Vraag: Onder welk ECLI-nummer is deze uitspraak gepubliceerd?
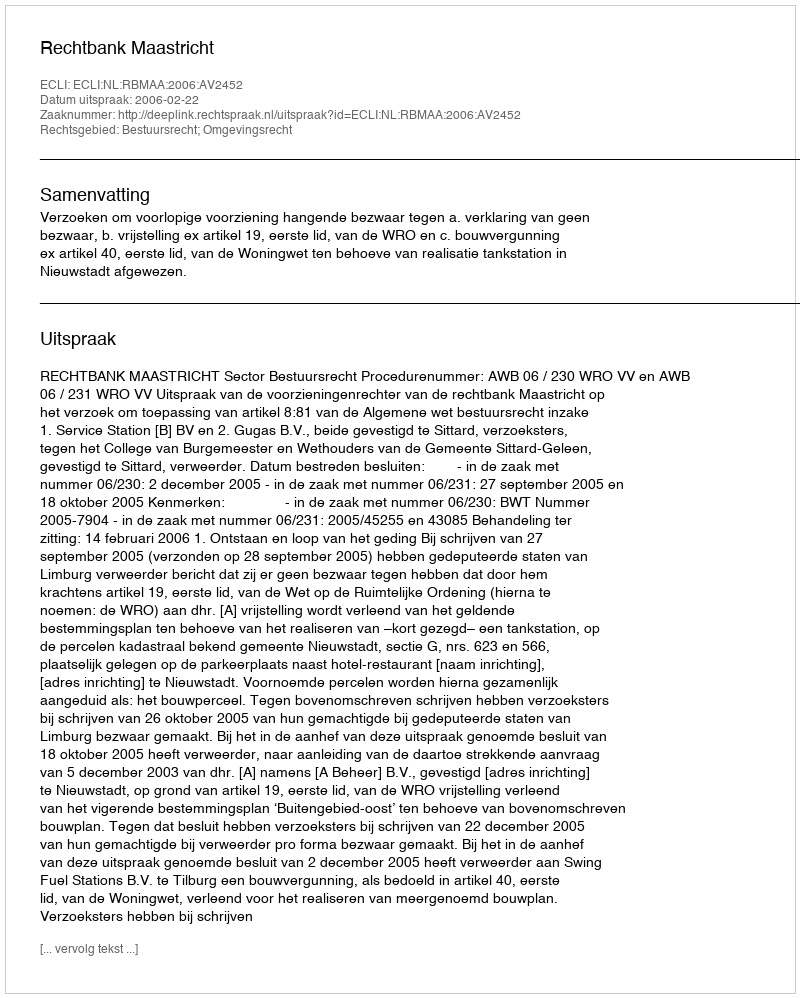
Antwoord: ECLI:NL:RBMAA:2006:AV2452